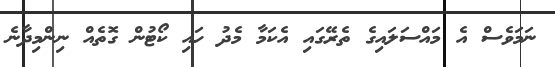
ނަމަވެސް އެ މައްސަލައިގެ ތެރޭގައި އެކަމާ މެދު ހައި ކޯޓުން ގޮތެއް ނިންމިދާނެ